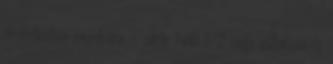
árufeltöltői munkára - akár heti 1-2 nap vállalása is